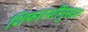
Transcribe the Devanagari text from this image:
शिफारशींनुसार